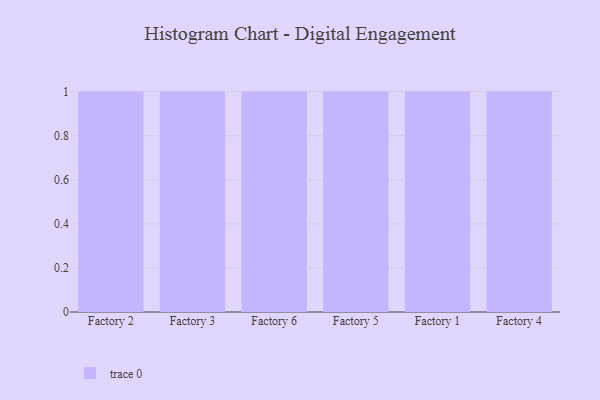
{"axis": {"x": "Factory", "y": "Population (Million)"}, "legend": [""], "data": [{"x": "Factory 2", "y": 55, "type": ""}, {"x": "Factory 3", "y": 83, "type": ""}, {"x": "Factory 6", "y": 99, "type": ""}, {"x": "Factory 5", "y": 61, "type": ""}, {"x": "Factory 1", "y": 78, "type": ""}, {"x": "Factory 4", "y": 32, "type": ""}]}